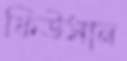
ফিউসান